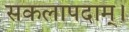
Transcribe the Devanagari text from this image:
सकलापदाम्‌।